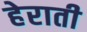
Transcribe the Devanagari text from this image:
हेराती